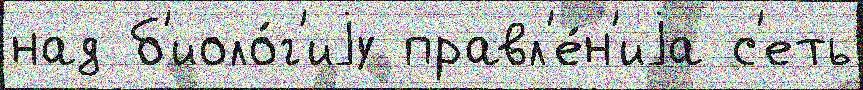
над б'иоло́г'иjу правл'е́н'иjа с'еть